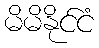
မိမိနိုင်ငံ